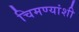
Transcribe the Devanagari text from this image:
चिमण्यांशी